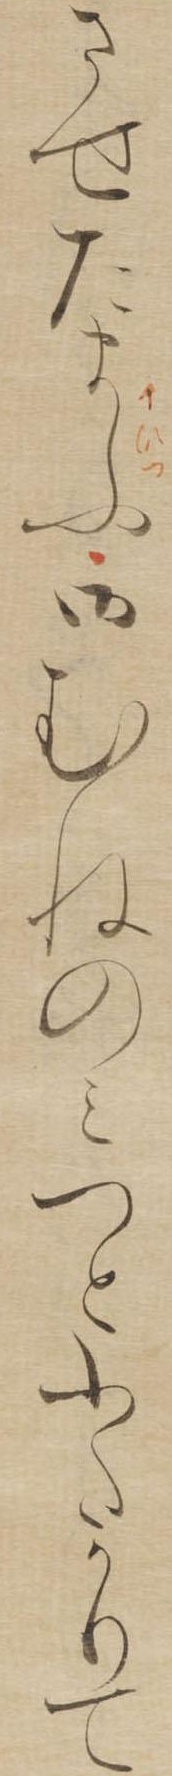
させたまふ御むねのみつとふたかりて